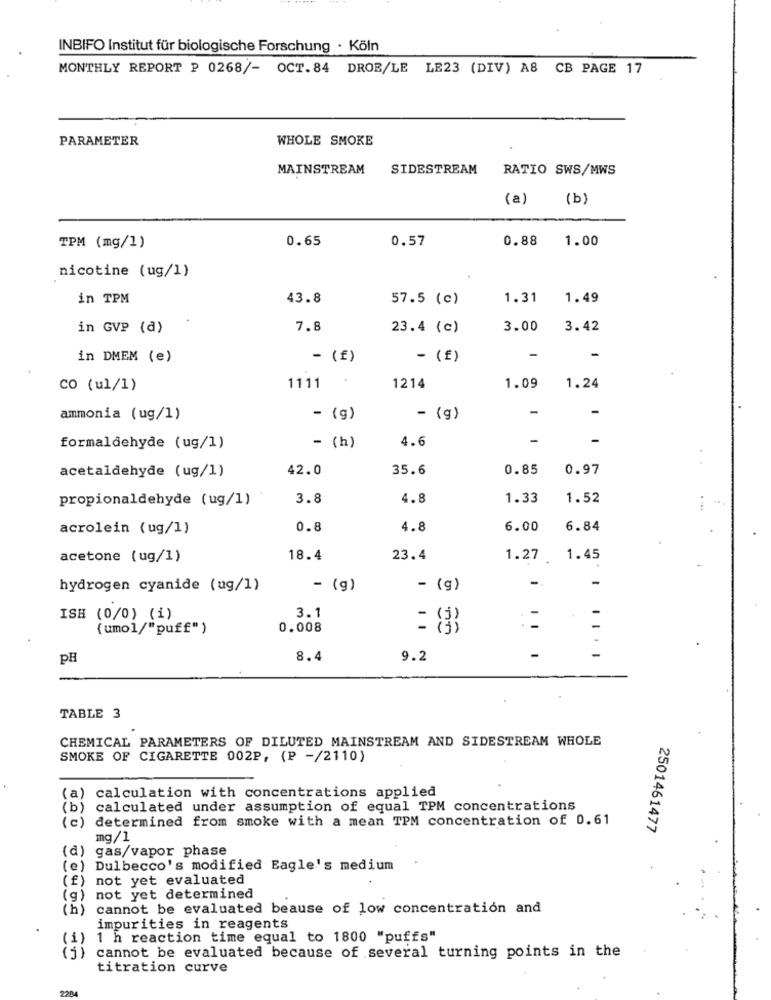
INBIFO Institut für biologische Forschung · Köln
MONTHLY REPORT P 0268/- OCT.84 DROB/LE LE23 (DIV) AS CB PAGE 17
PARAMETER
WHOLE SMOKE
MAINSTREAM
SIDESTREAM
RATIO SWS/MWS
(a)
(b)
0.65
0.57
0.88
1.00
TPM (mg/1)
nicotine (ug/1)
in TPM
43.8
57.5 (c)
1.31
1.49
in GVP (a)
7.8
23.4 (c)
3.00
3.42
in DMEM (e)
- (£)
- (f)
-
-
1111 .
co (ul/1)
1214
1.09
1.24
-
-
ammonia (ug/1)
- (g)
- {g)
4.6
-
formaldehyde (ug/1)
- (h)
acetaldehyde (ug/1)
42.0
35.6
0.85
0.97
propionaldehyde (ug/1)
3.8
4.8
1.33
1.52
acrolein (ug/1)
0.8
4.8
6.00
6.84
acetone (ug/1)
18.4
23.4
1.27
1.45
-
-
hydrogen cyanide (ug/1)
- (g)
- (g)
ISH (0/0) (i)
3.1
(umol/"puff")
0.008
( 5)
PH
8.4
9.2
-
TABLE 3
CHEMICAL PARAMETERS OF DILUTED MAINSTREAM AND SIDESTREAM WHOLE
SMOKE OF CIGARETTE 002P, (P -/2110)
(a) calculation with concentrations applied
(b)
calculated under assumption of equal TPM concentrations
(c)
determined from smoke with a mean TPM concentration of 0.61
2501461477
mg/1
(d)
gas/vapor phase
(e )
Dulbecco's modified Eagle's medium
(f)
not yet evaluated
(g)
not yet determined
(h)
cannot be evaluated beause of low concentration and
impurities in reagents
1 h reaction time equal to 1800 "puffs"
cannot be evaluated because of several turning points in the
titration curve